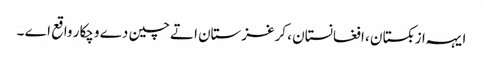
ایہہ ازبکستان ، افغانستان ، کرغزستان اتے چین دے وچکار واقع اے ۔